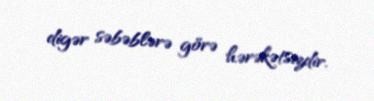
digər səbəblərə görə hərəkətsizdir.